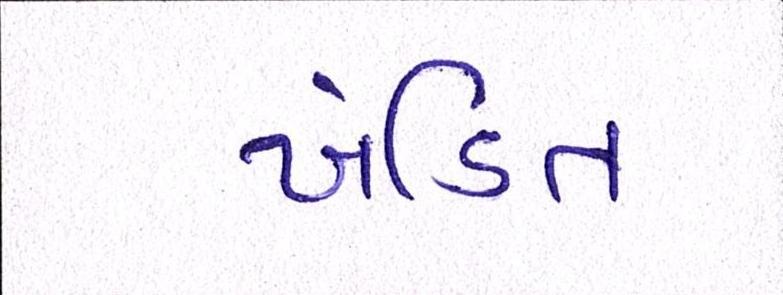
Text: ખંડિત